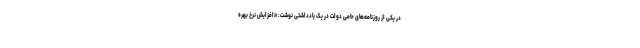
در یکی از روزنامه‌های حامی دولت در یک یادداشتی نوشت: «افزایش نرخ بهره